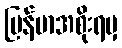
မြန်မာအစိုးရမှ